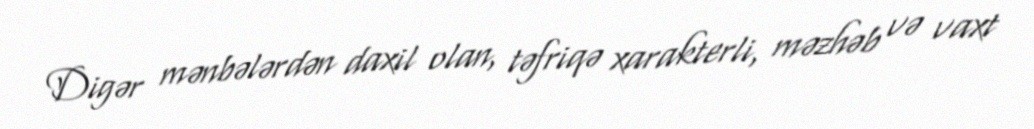
Digər mənbələrdən daxil olan, təfriqə xarakterli, məzhəb və vaxt